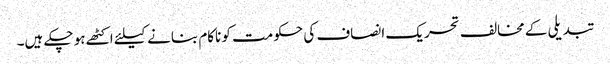
تبدیلی کے مخالف تحریک انصاف کی حکومت کو ناکام بنانے کیلئے اکٹھے ہو چکے ہیں۔